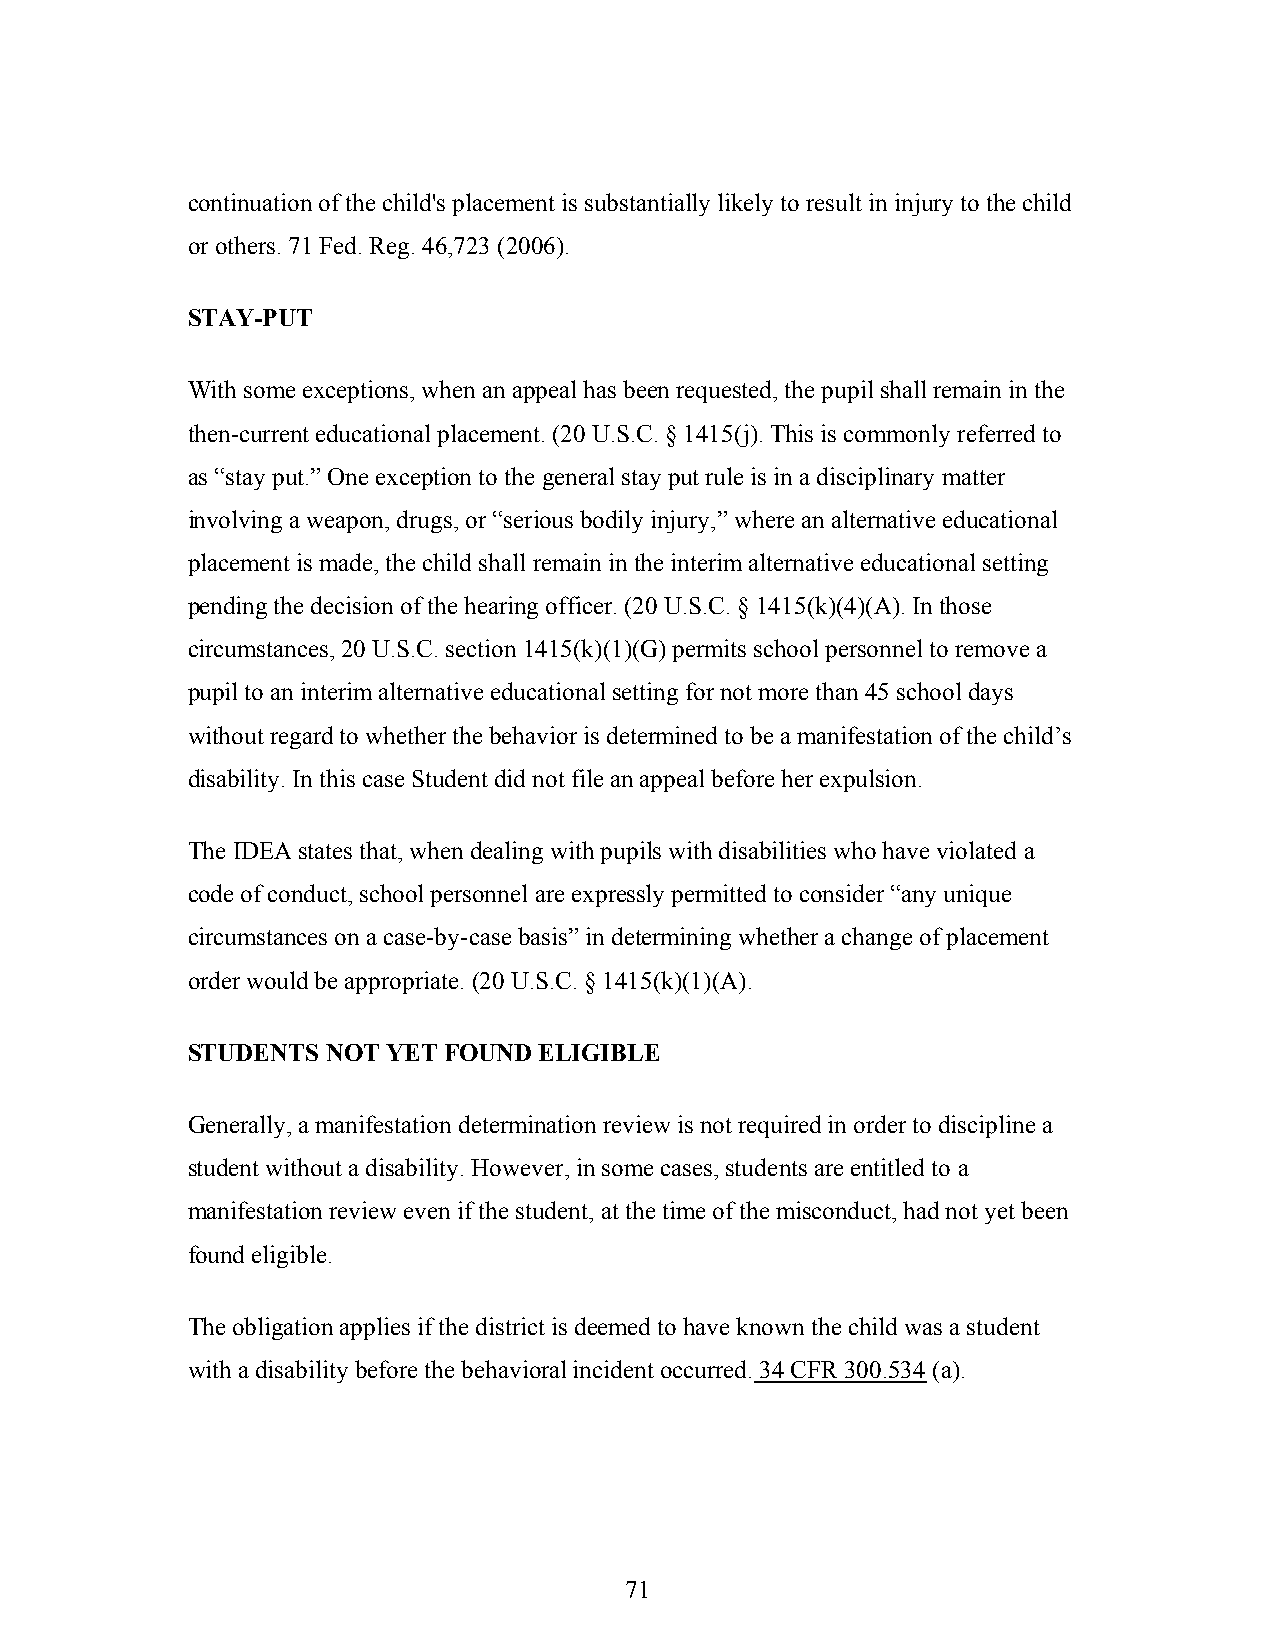
continuation of the child's placement is substantially likely to result in injury to the child
 or others. 71 Fed. Reg. 46,723 (2006).
 STAY-PUT
 With some exceptions, when an appeal has been requested, the pupil shall remain in the
 then-current educational placement. (20 U.S.C. § 1415(j). This is commonly referred to
 as “stay put.” One exception to the general stay put rule is in a disciplinary matter
 involving a weapon, drugs, or “serious bodily injury,” where an alternative educational
 placement is made, the child shall remain in the interim alternative educational setting
 pending the decision of the hearing officer. (20 U.S.C. § 1415(k)(4)(A). In those
 circumstances, 20 U.S.C. section 1415(k)(1)(G) permits school personnel to remove a
 pupil to an interim alternative educational setting for not more than 45 school days
 without regard to whether the behavior is determined to be a manifestation of the child’s
 disability. In this case Student did not file an appeal before her expulsion.
 The IDEA states that, when dealing with pupils with disabilities who have violated a
 code of conduct, school personnel are expressly permitted to consider “any unique
 circumstances on a case-by-case basis” in determining whether a change of placement
 order would be appropriate. (20 U.S.C. § 1415(k)(1)(A).
 STUDENTS  NOT YET FOUND ELIGIBLE
 Generally, a manifestation determination review is not required in order to discipline a
 student without a disability. However, in some cases, students are entitled to a
 manifestation review even if the student, at the time of the misconduct, had not yet been
 found eligible.
 The obligation applies if the district is deemed to have known the child was a student
 with a disability before the behavioral incident occurred. 34 CFR 300.534 (a).
 71